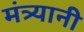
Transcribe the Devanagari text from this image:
मंत्र्यानी